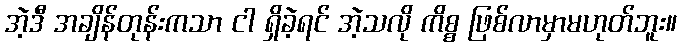
အဲ့ဒီ အချိန်တုန်းကသာ ငါ ရှိခဲ့ရင် အဲ့သလို ကိစ္စ ဖြစ်လာမှာမဟုတ်ဘူး။